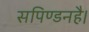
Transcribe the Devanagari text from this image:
सपिण्डनहै।